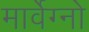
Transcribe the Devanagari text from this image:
मार्वेग्नो